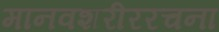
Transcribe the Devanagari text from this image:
मानवशरीररचना